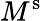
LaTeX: M^{\mathrm{s}}